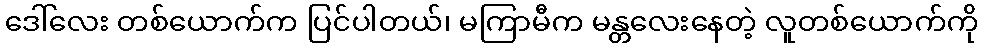
ဒေါ်လေး တစ်ယောက်က ပြင်ပါတယ်၊ မကြာမီက မန္တလေးနေတဲ့ လူတစ်ယောက်ကို